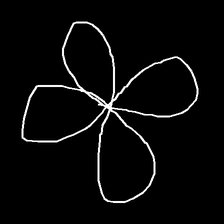
Glyph: billowing